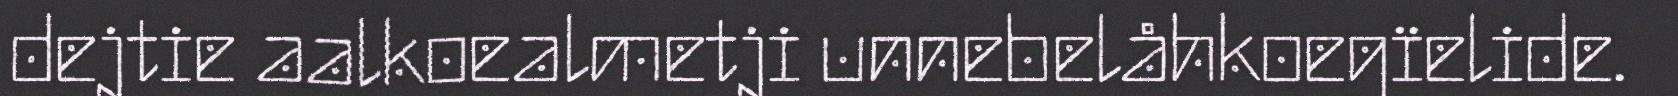
dejtie aalkoealmetji unnebelåhkoegïelide.